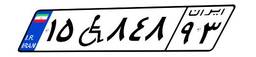
۲۲W۵۲۵۴۱